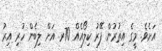
އަށެވެ. މީގެ އިތުރުން ފޭރު ކިލޯއެއް 70ރ. އަށް ލިބެން ހުރި އިރު